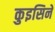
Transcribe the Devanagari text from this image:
कुइसिने